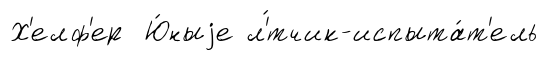
Х'елф'ер Ю́ныjе л'́тчик-испыта́т'ель